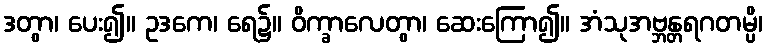
ဒတွာ၊ ပေး၍။ ဥဒကေ၊ ရေ၌။ ဝိက္ခာလေတွာ၊ ဆေးကြော၍။ အံသုအဗ္ဘန္တရဂတမ္ပိ၊